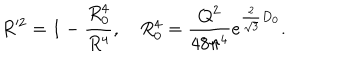
LaTeX: R ^ { \prime 2 } = 1 - { \frac { R _ { 0 } ^ { 4 } } { R ^ { 4 } } } , ~ R _ { 0 } ^ { 4 } = { \frac { Q ^ { 2 } } { 4 8 \pi ^ { 4 } } } e ^ { { \frac { 2 } { \sqrt 3 } } D _ { 0 } } .